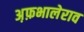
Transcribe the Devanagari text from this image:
अ़फ़भालेराव